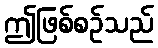
ဤဖြစ်စဉ်သည်